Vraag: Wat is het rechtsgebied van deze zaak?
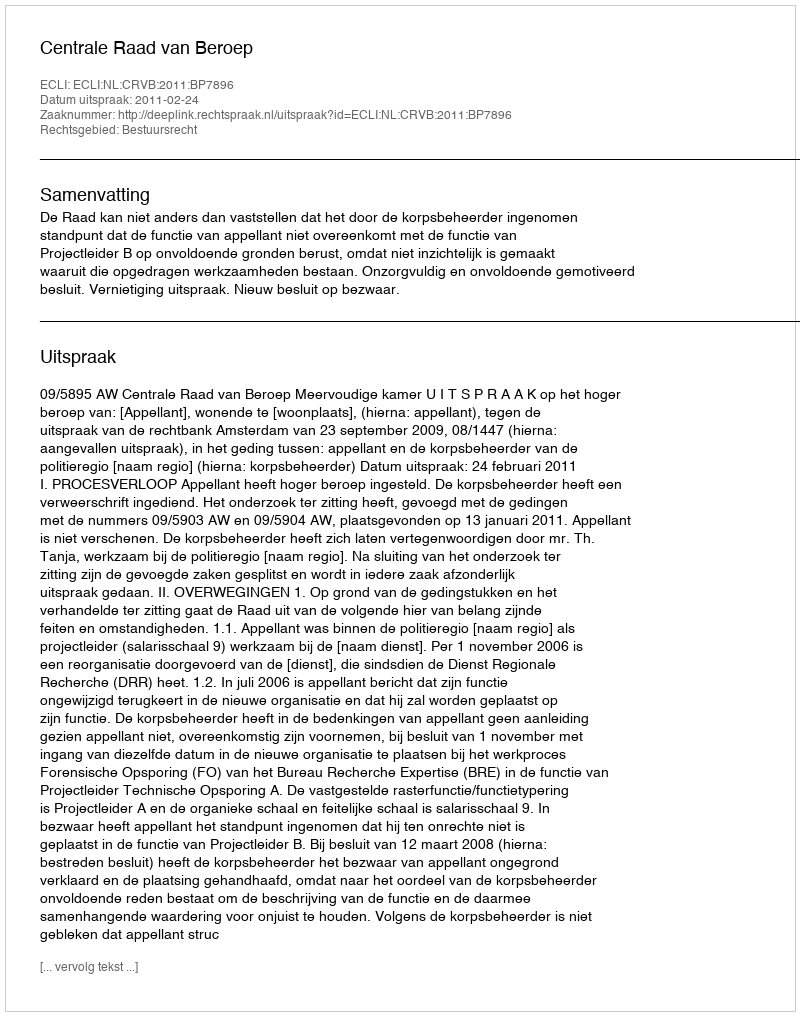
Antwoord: Bestuursrecht